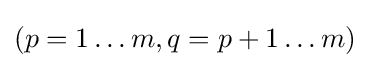
(p=1\dots m,q=p+1\dots m)